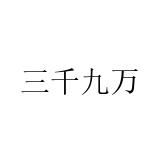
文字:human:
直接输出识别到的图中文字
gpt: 三千九万